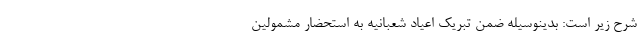
شرح زیر است: بدینوسیله ضمن تبریک اعیاد شعبانیه به استحضار مشمولین